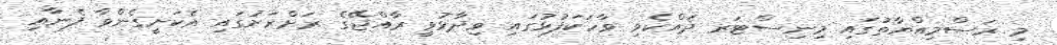
މި ރަސްމިއްޔާތުގައި މިނިސްޓަރ ދެއްކެވި ވާހަކަފުޅުގައި ވިދާޅުވީ ރާއްޖޭގެ ރަށްރަށުގައި އެކަށީގެންވާ ފެނާއި